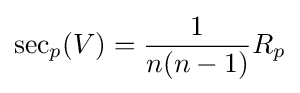
\operatorname {sec} _{p}(V)={\frac {1}{n(n-1)}}R_{p}